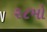
૨૮મો